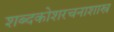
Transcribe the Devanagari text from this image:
शब्दकोशरचनाशास्त्र